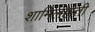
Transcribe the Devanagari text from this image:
शामिलहोती